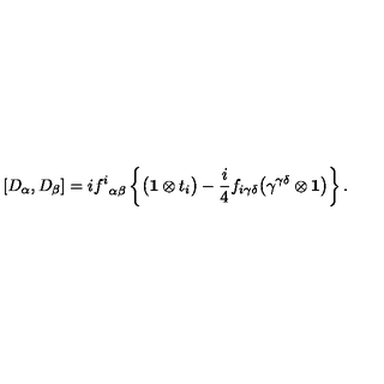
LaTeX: [ D _ { \alpha } , D _ { \beta } ] = i { f ^ { i } } _ { \alpha \beta } \left\{ \bigl ( { \bf 1 } \otimes t _ { i } \bigr ) - { \frac { i } { 4 } } f _ { i \gamma \delta } \bigl ( \gamma ^ { \gamma \delta } \otimes { \bf 1 } \bigr ) \right\} .